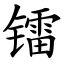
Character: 镭